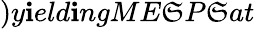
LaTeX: )y\mathbf{i}eld\mathbf{i}ngME\mathfrak{S}P\mathfrak{S}at